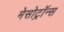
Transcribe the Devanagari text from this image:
मेसोट्रॉन्स